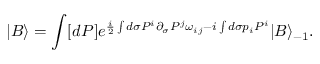
| B \rangle = \int [ d P ] e ^ { \frac { i } { 2 } \int d \sigma P ^ { i } \partial _ { \sigma } P ^ { j } \omega _ { i j } - i \int d \sigma p _ { i } P ^ { i } } | B \rangle _ { - 1 } .